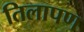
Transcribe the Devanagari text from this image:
तिलापण